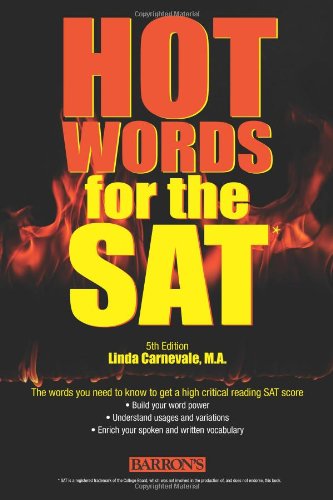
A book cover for Hot Words for the SAT; Linda Carnevale; Test Preparation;